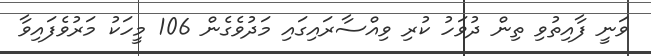
ވަނީ ފާއިތުވި ތިން ދުވަހު ކުރި ވިއްސާރައިގައި މަދުވެގެން 106 މީހަކު މަރުވެފައިވާ